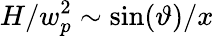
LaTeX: H/w_{p}^{2}\sim\sin(\vartheta)/x